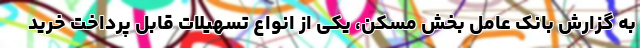
به گزارش بانک عامل بخش مسکن، یکی از انواع تسهیلات قابل پرداخت خرید